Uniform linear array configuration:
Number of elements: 48
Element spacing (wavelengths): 0.5
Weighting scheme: binomial
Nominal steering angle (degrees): -30
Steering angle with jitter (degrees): -31.648
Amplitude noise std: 0.05
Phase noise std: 0.05

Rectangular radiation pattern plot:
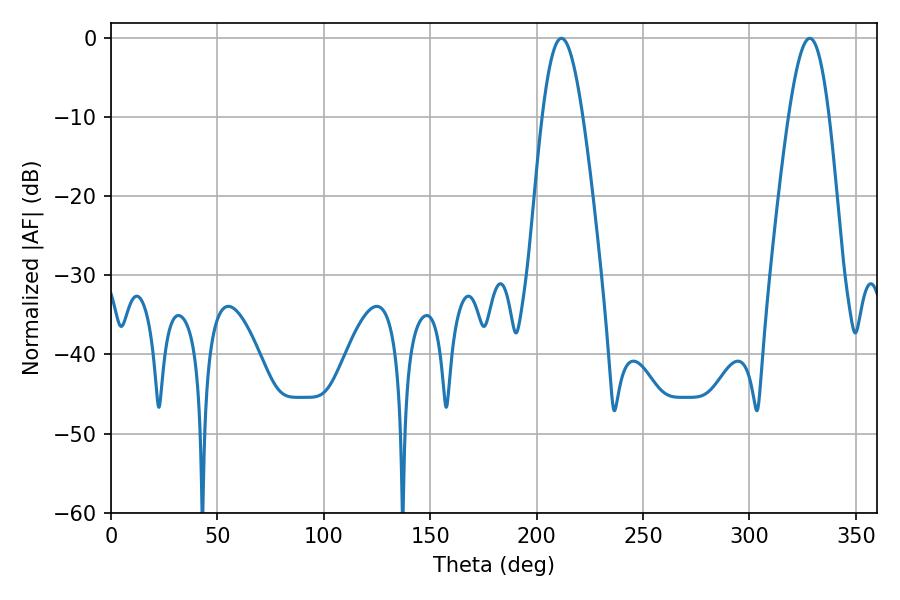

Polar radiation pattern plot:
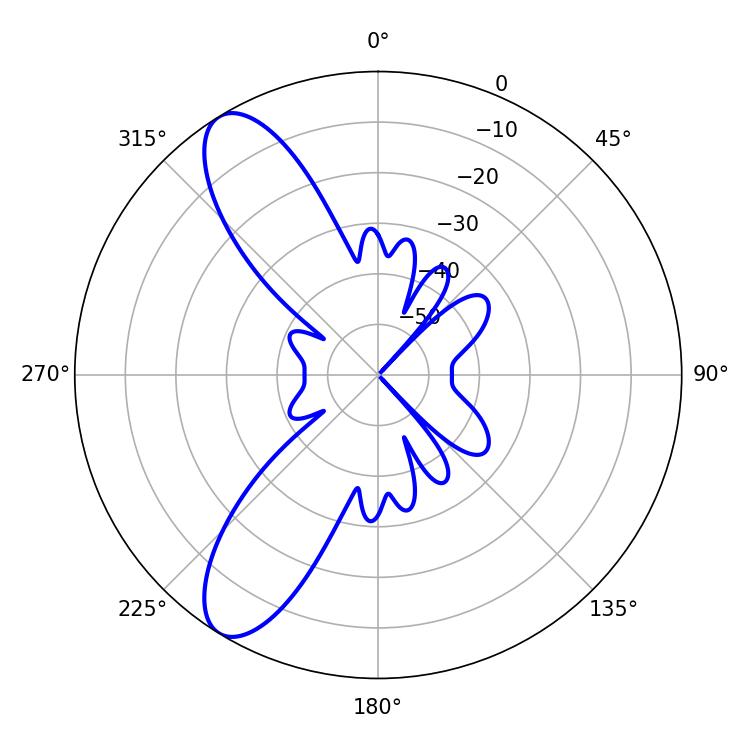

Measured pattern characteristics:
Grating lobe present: FALSE
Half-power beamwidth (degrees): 10.26
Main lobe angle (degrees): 211.68